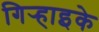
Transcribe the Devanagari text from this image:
गिर्‍हाइके